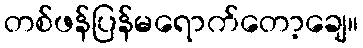
တစ်ဖန်ပြန်မရောက်တော့ချေ။